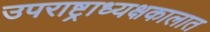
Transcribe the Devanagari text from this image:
उपराष्ट्राध्यक्षकालात